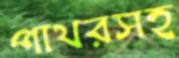
পাথরসহ